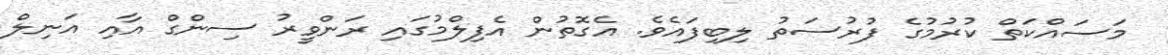
މަސައްކަތް ކުރުމުގެ ފުރުސަތު ލިބިފައެވެ. އެގޮތުން އެފިލްމުގައި ރަންވީރު ސިންގް އާއި އަނިލް